画像に写った文字を読んでください
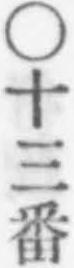
「○十三番」と書いてあります